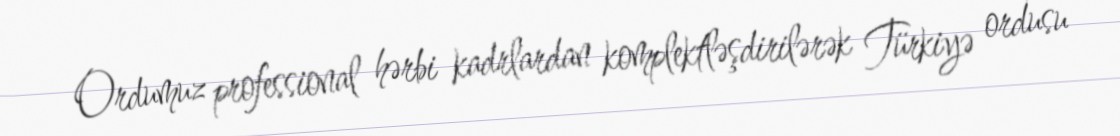
Ordumuz professional hərbi kadrlardan komplektləşdirilərək Türkiyə ordusu